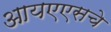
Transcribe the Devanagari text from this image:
आयएएसचे